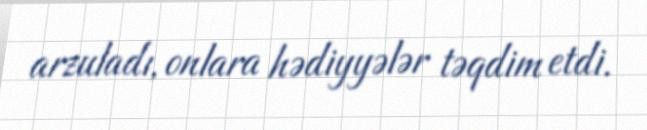
arzuladı, onlara hədiyyələr təqdim etdi.